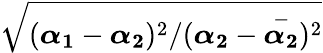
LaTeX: \sqrt{(\boldsymbol{\alpha_{1}}-\boldsymbol{\alpha_{2}})^{2}/(\boldsymbol{\alpha_{2}}-\overset{-}{\boldsymbol{\alpha_{2}}})^{2}}